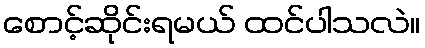
စောင့်ဆိုင်းရမယ် ထင်ပါသလဲ။